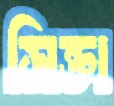
সিক্তা